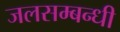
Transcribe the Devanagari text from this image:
जलसम्बन्धी